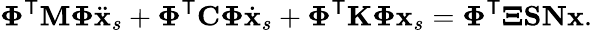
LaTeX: \boldsymbol{\Phi}^{\mathsf{T}}\mathbf{{M}}\boldsymbol{\Phi}\ddot{{\mathbf{{x}}}}_{s}+\boldsymbol{\Phi}^{\mathsf{T}}\mathbf{{C}}\boldsymbol{\Phi}\dot{{\mathbf{{x}}}}_{s}+\boldsymbol{\Phi}^{\mathsf{T}}\mathbf{{K}}\boldsymbol{\Phi}\mathbf{{x}}_{s}=\boldsymbol{\Phi}^{\mathsf{T}}\boldsymbol{\Xi}\mathbf{{S}}\mathbf{{N}}\mathbf{{x}}.